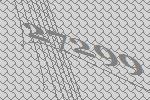
27299